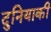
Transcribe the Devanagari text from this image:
दुनियाकी